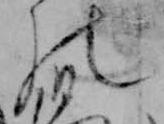
の